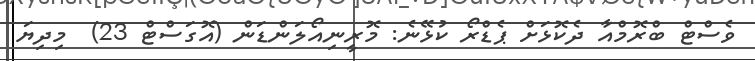
ވެސްޓް ބްރޮމްއާ ދެކޮޅަށް ޕެޑްރޯ ކުޅޭނެ: މޮރީނިއޯލަންޑަން (އޮގަސްޓް 23)  މިދިޔަ